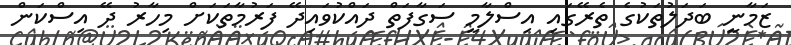
ޒަމާނީ ބަދަލުތަކުގެ ތެރޭގައި އިސްލާމީ ސަގާފަތް ދައްކުވައިދޭ ފަރުމާތަކަށް މިހާރު ދޭ އިސްކަން